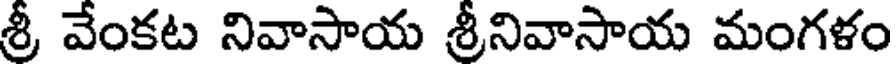
శ్రీ వేంకట నివాసాయ శ్రీనివాసాయ మంగళం